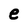
Character: e